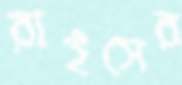
রাইসের